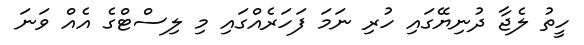
ހީތު ލެޖާ ދުނިޔޭގައި ހުރި ނަމަ ފަހަރެއްގައި މި ލިސްޓްގެ އެއް ވަނަ